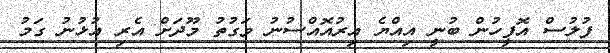
ފުލުސް އޮފީހުން ބުނީ އިއްޔެ އިރުއޮއްސުނު ވަގުތު މޫދަށް އެރި އުޅުނު ގަމު